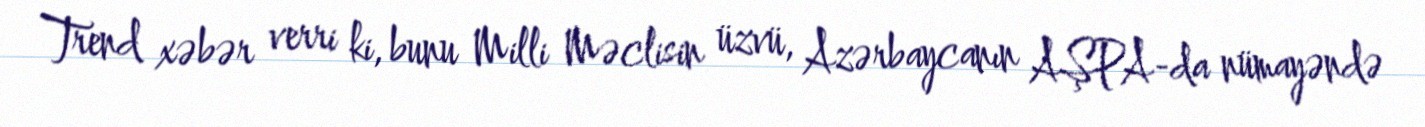
Trend xəbər verri ki, bunu Milli Məclisin üzvü, Azərbaycanın AŞPA-da nümayəndə